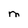
Character: M